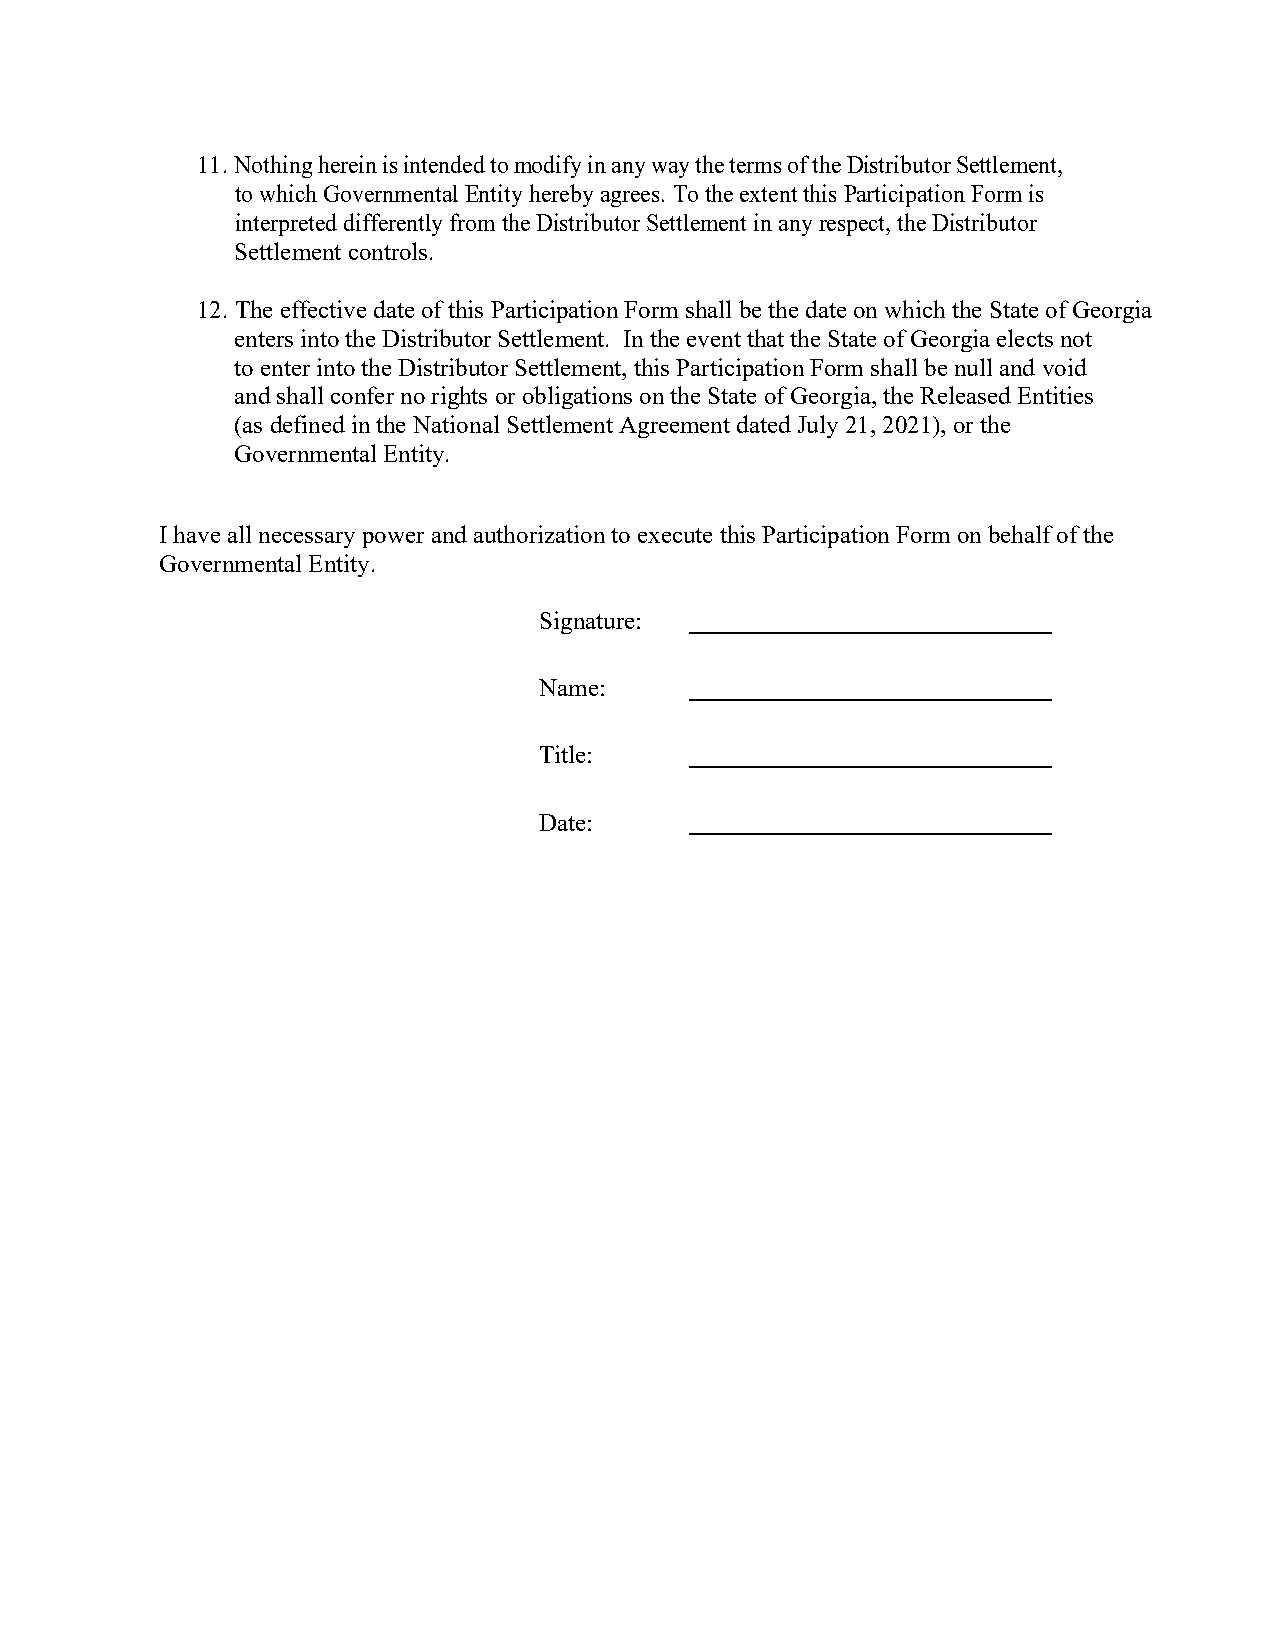
11. Nothing herein is intended to modify in any way the terms of the Distributor Settlement,
 to which Governmental Entity hereby agrees. To the extent this Participation Form is
 interpreted differently from the Distributor Settlement in any respect, the Distributor
 Settlement controls.
 12. The effective date of this Participation Form shall be the date on which the State of Georgia
 enters into the Distributor Settlement. In the event that the State of Georgia elects not
 to enter into the Distributor Settlement, this Participation Form shall be null and void
 and shall confer no rights or obligations on the State of Georgia, the Released Entities
 (as defined in the National Settlement Agreement dated July 21, 2021), or the
 Governmental Entity.
 I have all necessary power and authorization to execute this Participation Form on behalf of the
 Governmental Entity.
 Signature:
 Name:
 Title:
 Date: